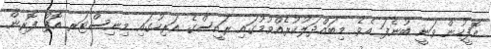
އޮފީހުން ވަނީ ބުނެފަ އެވެ. މިބައްދަލުކުރެއްވުމުގައި ރައީސްގެ އަރިހުގައި މިނިސްޓަރ އޮފް ފޮރިން